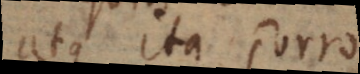
atque ita porro.